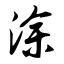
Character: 涂